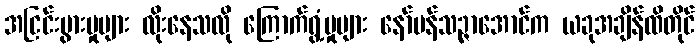
အငြင်းပွားမှုများ လိုးနေသလို ကြောက်ရွံ့မှုများ နော်ပန်သဉ္ဇာအောင်က ယခုအချိန်ထိတိုင်